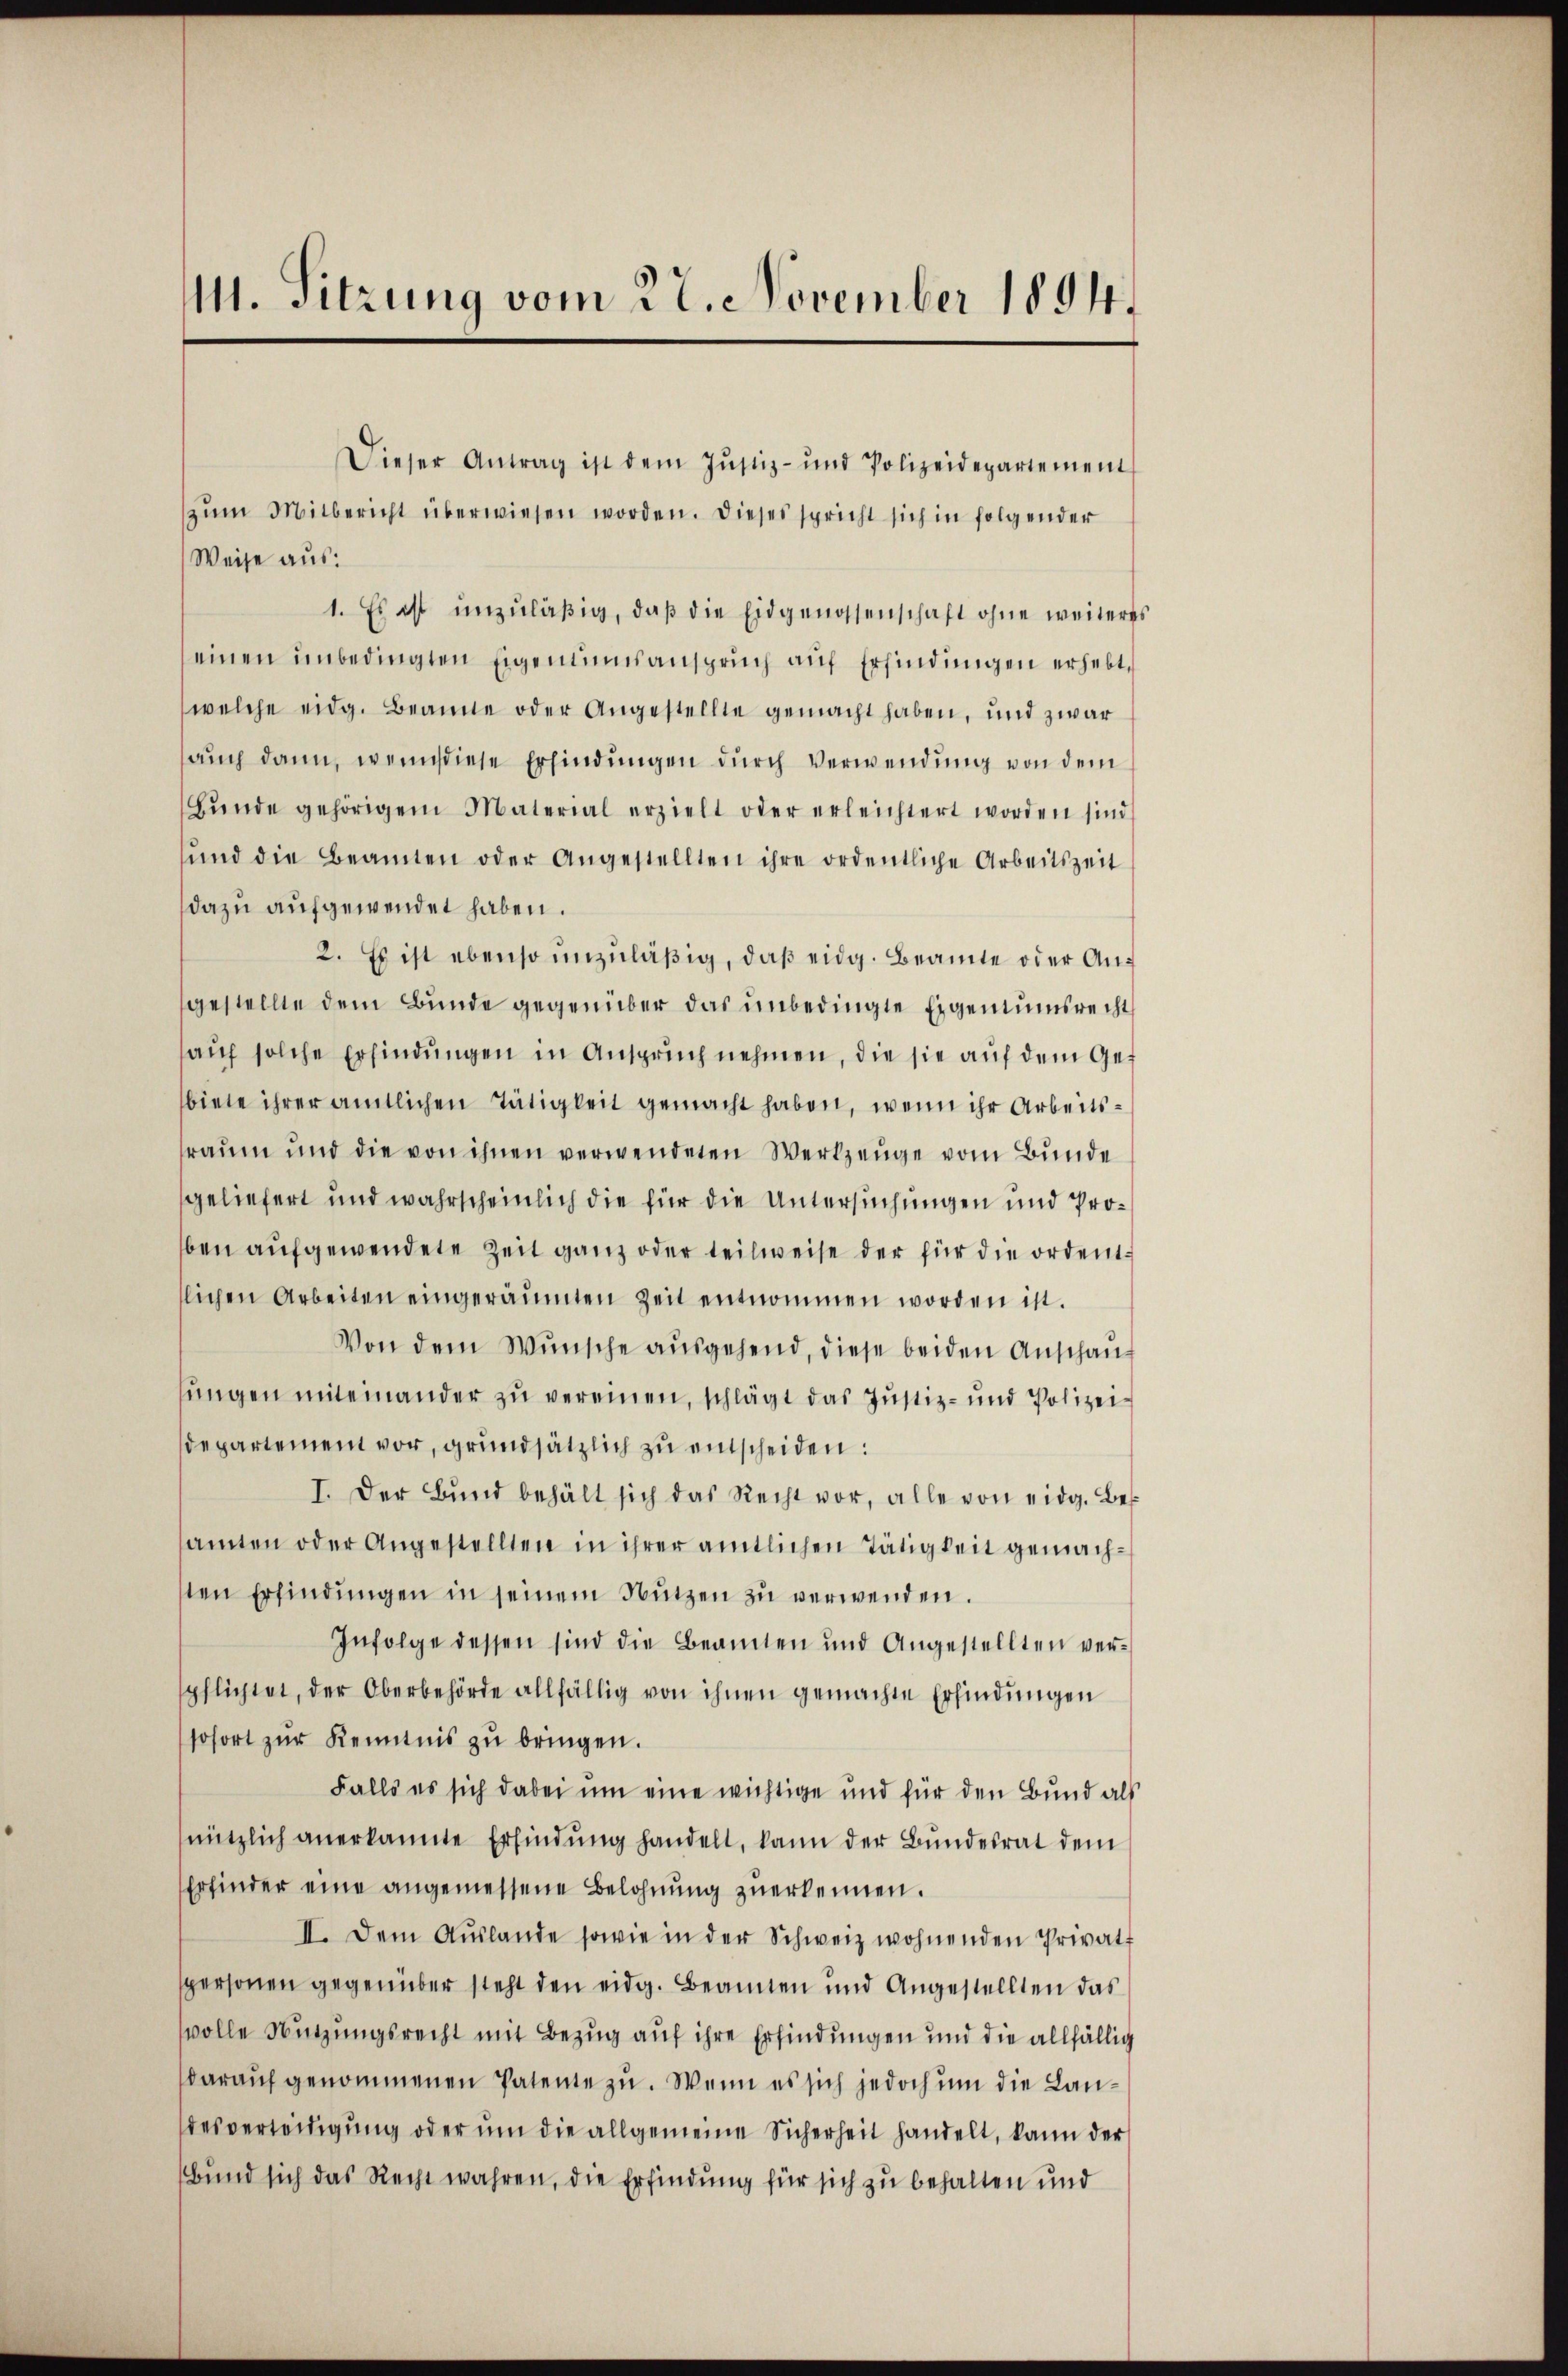
M. Sitzung vom 22. November 1894.

Dieser Antrag ist dem Justiz- und Polizeidepartement
zŭm Mitbericht überwiesen worden. Dieses spricht sich in folgender
Weise aus:
1. Es ist unzuläßig, daß die Eidgenossenschaft ohne weiteres
einen unbedingten Eigentumsanspruch auf Erfindungen erhebt,
welche eidg. Beamte oder Angestellte gemacht haben, und zwar
auch dann, wenn diese Erfindungen durch Verwendung von dem
Bŭnde gehörigem Material erzielt oder erleichtert worden sind
ŭnd die Beamten oder Angestellten ihre ordentliche Arbeitszeit
dazu aufgewendet haben.
2. Es ist ebenso unzuläßig, daß eidg. Beamte oder Angestellte dem Bunde gegenüber das unbedingte Eigentumsrecht
sauf solche Erfindungen in Anspruch nehmen, die sie auf dem Gebiete ihrer amtlichen Tätigkeit gemacht haben, wenn ihr Arbeitsraum und die von ihnen verwendeten Werkzeuge vom Bunde
geliefert und wahrscheinlich die für die Untersuchungen und Proben aufgewendete Zeit ganz oder teilweise der für die ordentllichen Arbeiten eingeräumten Zeit entnommen worden ist.
Von dem Wunsche aŭsgehend, diese beiden Anschauf
sungen miteinander zu vereinen, schlägt das Justiz- und Polizeidepartement vor, grundsätzlich zu entscheiden:
I. Der Bŭnd behält sich das Recht vor, alle von eidg. Beamten oder Angestellten in ihrer amtlichen Tätigkeit gemachsten Erfindungen in seinem Nutzen zu verwenden.
Infolge dessen sind die Beamten und Angestellten verpflichtet, der Oberbehörde allfällig von ihnen gemachte Erfindungen
sofort zŭr Kenntnis zŭ bringen.
Falls es sich dabei um eine wichtige und für den Bund als
nützlich anerkannte Erfindung handelt, kann der Bundesrat dem
Erfinder eine angemessene Belohnŭng zŭerkennen.
II. Dem Aŭslande sowie in der Schweiz wohnenden Privatt
spersonen gegenüber steht den eidg. Beamten und Angestellten das
volle Nutzungsrecht mit Bezug auf ihre Erfindungen und die allfällig
darauf genommenen Patente zu. Wenn es sich jedoch um die Landesverteidigung oder um die allgemeine Sicherheit handelt, kann der
Bund sich das Recht wahren, die Erfindung für sich zu behalten und